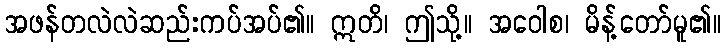
အဖန်တလဲလဲဆည်းကပ်အပ်၏။ ဣတိ၊ ဤသို့။ အဝေါစ၊ မိန့်တော်မူ၏။